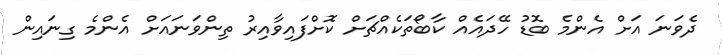
ދެވަނަ އަށް އެންމެ ބޮޑު ހޭދައެއް ކާބޯތަކެއްޗަށް ކޮށްފައިވާއިރު ތިންވަނައަށް އެންމެ ގިނައިން